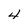
Character: 4